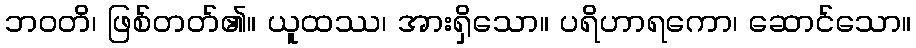
ဘဝတိ၊ ဖြစ်တတ်၏။ ယူထဿ၊ အားရှိသော။ ပရိဟာရကော၊ ဆောင်သော။